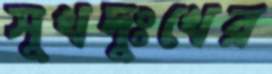
সুখদুঃখের